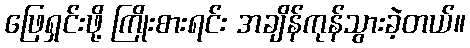
ဖြေရှင်းဖို့ ကြိုးစားရင်း အချိန်ကုန်သွားခဲ့တယ်။